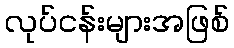
လုပ်ငန်းများအဖြစ်